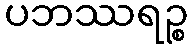
ပဘဿရဉ္စ